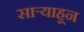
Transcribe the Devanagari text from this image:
साऱ्याहून